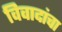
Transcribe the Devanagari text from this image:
विवादांचा